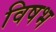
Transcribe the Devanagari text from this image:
विषभ